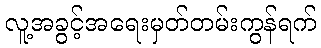
လူ့အခွင့်အရေးမှတ်တမ်းကွန်ရက်